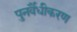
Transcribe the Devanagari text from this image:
पुनर्वैधीकरण